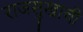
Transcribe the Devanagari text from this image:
राजसुखाची